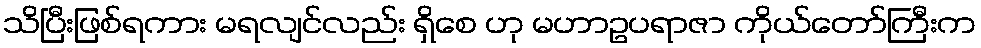
သိပြီးဖြစ်ရကား မရလျင်လည်း ရှိစေ ဟု မဟာဥပရာဇာ ကိုယ်တော်ကြီးက